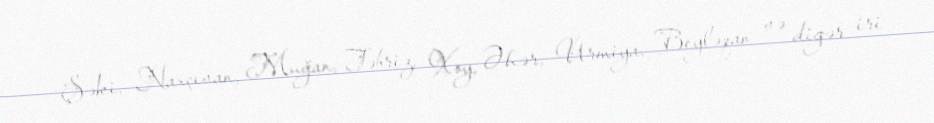
Şəki, Naxçıvan, Muğan, Təbriz, Xoy, Əhər, Urmiya, Beyləqan və digər iri